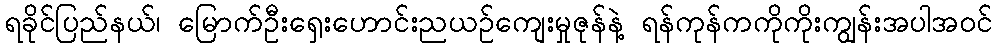
ရခိုင်ပြည်နယ်၊ မြောက်ဦးရှေးဟောင်းညယဉ်ကျေးမှုဇုန်နဲ့ ရန်ကုန်ကကိုကိုးကျွန်းအပါအဝင်